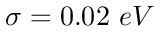
\sigma = 0 . 0 2 ~ e V